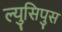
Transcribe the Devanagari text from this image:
ल्युसिपुस